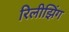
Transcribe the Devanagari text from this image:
रिलीझिंग